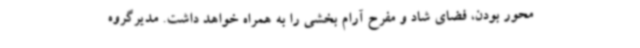
محور بودن، فضای شاد و مفرح آرام بخشی را به همراه خواهد داشت. مدیرگروه